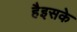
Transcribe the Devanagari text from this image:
हैइसके